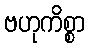
ဗဟုကိစ္စာ